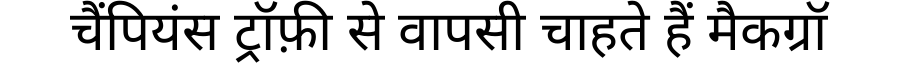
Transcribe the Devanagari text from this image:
चैंपियंस ट्रॉफ़ी से वापसी चाहते हैं मैकग्रॉ